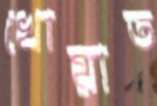
খোয়াত